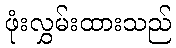
ဖုံးလွှမ်းထားသည်